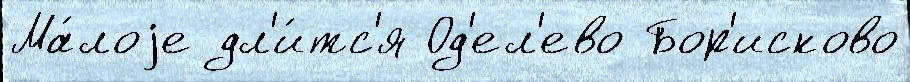
Ма́лоjе дл'и́тс'я Од'ел'ево Бор'исково